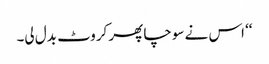
‘‘ اس نے سوچا پھر کروٹ بدل لی۔